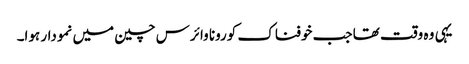
یہی وہ وقت تھا جب خوفناک کورونا وائرس چین میں نمودار ہوا۔